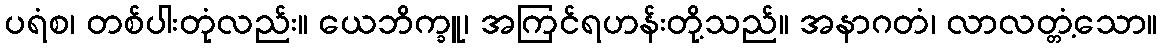
ပရံစ၊ တစ်ပါးတုံလည်း။ ယေဘိက္ခူ၊ အကြင်ရဟန်းတို့သည်။ အနာဂတံ၊ လာလတ္တံ့သော။